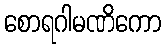
စောရဂါမဏိကော